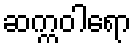
ဆက္ကဝါရော